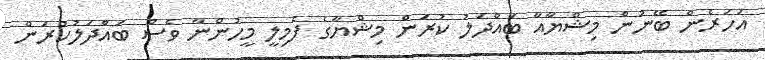
އަހަރެން ބޭނުން މިޝްޔާއާ ބައްދަލު ކުރަން މިޝްޔާގެ ފެމިލީ މީހުންނާ ވެސް ބައްދަލުކުރަން